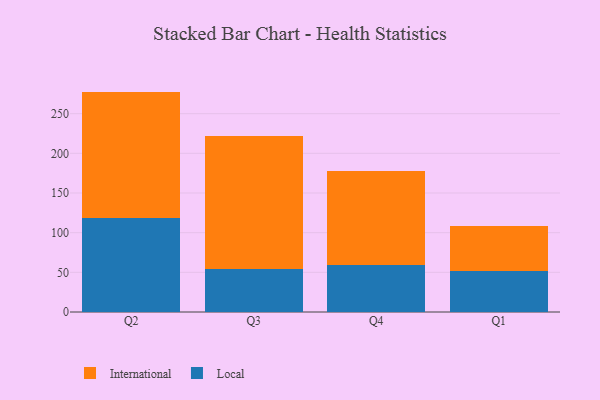
{"axis": {"x": "Quarter", "y": "Page Views"}, "legend": ["International", "Local"], "data": [{"x": "Q2", "y": 118.9, "type": "Local"}, {"x": "Q2", "y": 158.9, "type": "International"}, {"x": "Q3", "y": 53.8, "type": "Local"}, {"x": "Q3", "y": 168.5, "type": "International"}, {"x": "Q4", "y": 58.8, "type": "Local"}, {"x": "Q4", "y": 119.0, "type": "International"}, {"x": "Q1", "y": 51.4, "type": "Local"}, {"x": "Q1", "y": 56.6, "type": "International"}]}